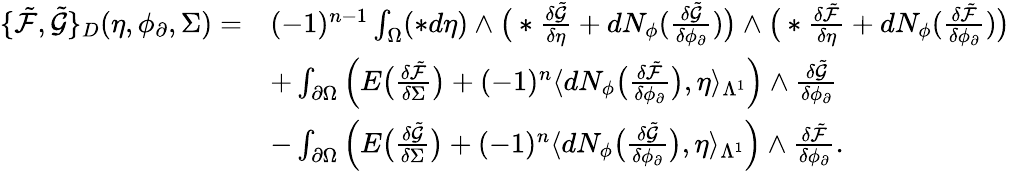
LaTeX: \begin{array}{rl}{\{ \tilde{\mathcal{F}},\tilde{\mathcal{G}}\} _{D}(\eta,\phi_{\partial},\Sigma)=}&{(-1)^{n-1}\int_{\Omega}(\ast d\eta)\wedge\big(\ast\frac{\delta\tilde{\mathcal{G}}}{\delta\eta}+dN_{\phi}(\frac{\delta\tilde{\mathcal{G}}}{\delta\phi_{\partial}})\big)\wedge\big(\ast\frac{\delta\tilde{\mathcal{F}}}{\delta\eta}+dN_{\phi}(\frac{\delta\tilde{\mathcal{F}}}{\delta\phi_{\partial}})\big)}\\ &{+\int_{\partial\Omega}\Big(E\big(\frac{\delta\tilde{\mathcal{F}}}{\delta\Sigma}\big)+(-1)^{n}\langle dN_{\phi}\big(\frac{\delta\tilde{\mathcal{F}}}{\delta\phi_{\partial}}\big),\eta\rangle_{\Lambda^{1}}\Big)\wedge\frac{\delta\tilde{\mathcal{G}}}{\delta\phi_{\partial}}}\\ &{-\int_{\partial\Omega}\Big(E\big(\frac{\delta\tilde{\mathcal{G}}}{\delta\Sigma}\big)+(-1)^{n}\langle dN_{\phi}\big(\frac{\delta\tilde{\mathcal{G}}}{\delta\phi_{\partial}}\big),\eta\rangle_{\Lambda^{1}}\Big)\wedge\frac{\delta\tilde{\mathcal{F}}}{\delta\phi_{\partial}}.}\end{array}